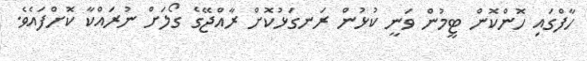
ހާފްގައި ހޮންކޮން ޓީމުން ވަނީ ކުޅުން ރަނގަޅުކޮށް ރާއްޖޭގެ ގޯލަށް ނުރައްކާ ކޮށްފައެވެ.